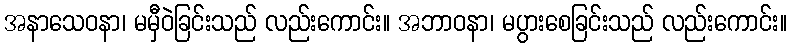
အနာသေဝနာ၊ မမှီဝဲခြင်းသည် လည်းကောင်း။ အဘာဝနာ၊ မပွားစေခြင်းသည် လည်းကောင်း။